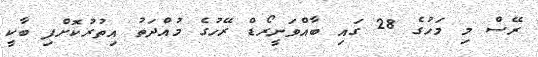
ރޭސް މި މަހުގެ 28 ގައި ބާއްވަނީރޯޑް ރޭހުގެ މުއްދަތު އިތުރުކޮށްފި ބާކީ